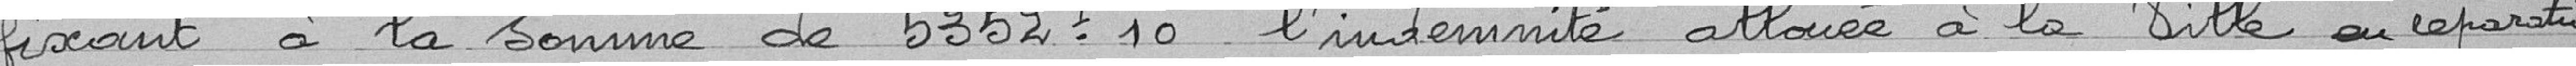
fixant à la somme de 5352, 10 l'indemnité allouée à la Ville en réparation